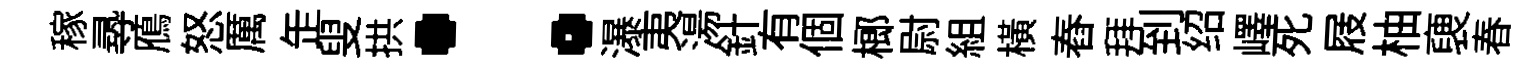
稼𡬶鴈怒厲𦈢叟拱：瀑夷湯針有個榔尉組橫舂拜到绍嶧死屐柚褏春